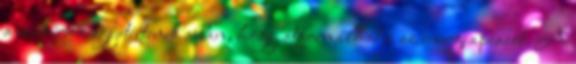
a szakértők egyetértenek abban, hogy átformálhatja az energiapiacot. A